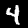
Digit: 4